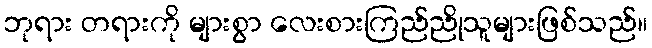
ဘုရား တရားကို များစွာ လေးစားကြည်ညိုသူများဖြစ်သည်။